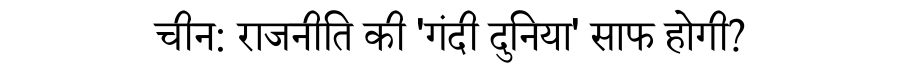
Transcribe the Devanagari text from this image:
चीन: राजनीति की 'गंदी दुनिया' साफ होगी?